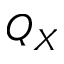
Q _ { X }